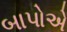
બાપોએ